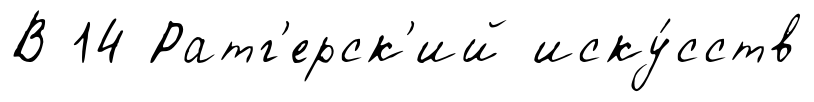
В 14 Ратг'ерск'ий иску́сств